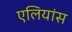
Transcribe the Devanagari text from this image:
एलियांस